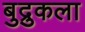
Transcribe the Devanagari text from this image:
बुद्रुकला